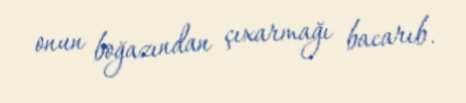
onun boğazından çıxarmağı bacarıb.